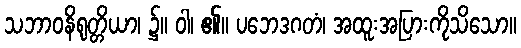
သဘာဝနိရုတ္တိယာ၊ ၌။ ဝါ၊ ၏။ ပဘေဒဂတံ၊ အထူးအပြားကိုသိသော။